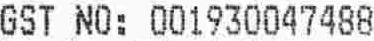
GST NO: 001930047488